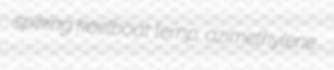
spiking keelboat temp. azimethylene